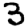
Digit: 3